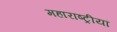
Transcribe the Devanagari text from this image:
महाराष्ट्रीयां